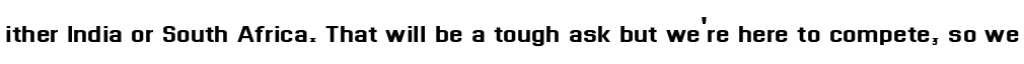
ither India or South Africa. That will be a tough ask but we're here to compete, so we